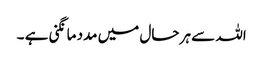
اللہ سے ہر حال میں مدد مانگنی ہے ۔